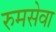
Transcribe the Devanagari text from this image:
रुमसेवा